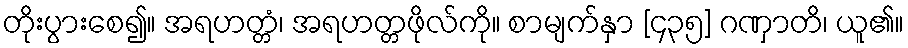
တိုးပွားစေ၍။ အရဟတ္တံ၊ အရဟတ္တဖိုလ်ကို။ စာမျက်နှာ [၄၃၅] ဂဏှာတိ၊ ယူ၏။